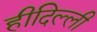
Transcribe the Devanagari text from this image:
हीदिल्ली